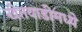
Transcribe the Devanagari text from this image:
खेतवाडीमध्ये